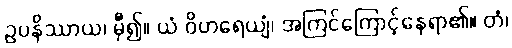
ဥပနိဿာယ၊ မှီ၍။ ယံ ဝိဟရေယျံ၊ အကြင်ကြောင့်နေရာ၏။ တံ၊